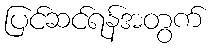
ပြင်ဆင်ရန်အတွက်